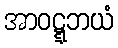
အာဝဋ္ဋဘယံ